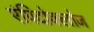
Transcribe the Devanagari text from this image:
एंपिदोक्लोज